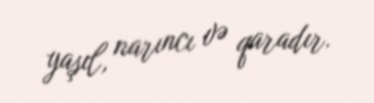
yaşıl, narıncı və qaradır.